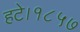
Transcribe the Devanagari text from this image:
हटे।१८५७